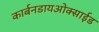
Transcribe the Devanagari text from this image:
कार्बनडायओक्साईड